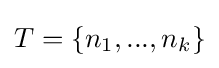
T=\{n_{1},...,n_{k}\}